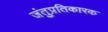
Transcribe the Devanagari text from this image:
जंतुप्रतिकारक